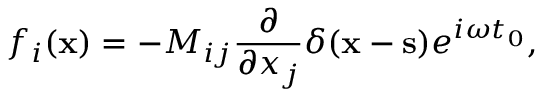
f _ { i } ( { \bf x } ) = - M _ { i j } \frac { \partial } { \partial x _ { j } } \delta ( { \bf x } - { \bf s } ) e ^ { i \omega t _ { 0 } } ,